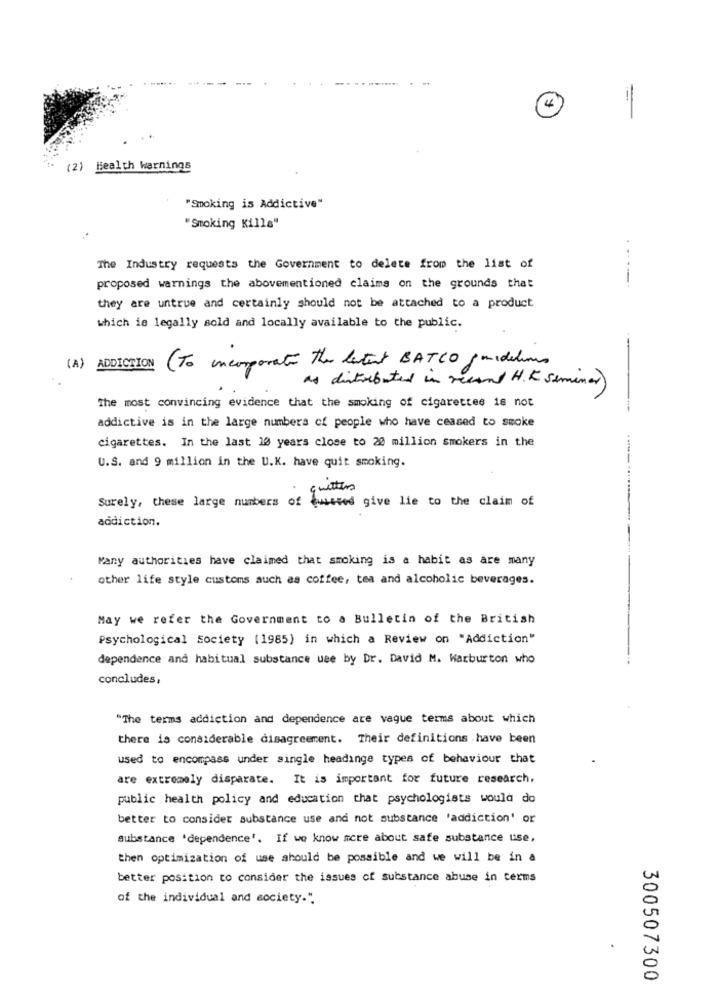
=
(2) Health Warnings
"Smoking is Addictive"
"Smoking Kills"
The Industry requests the Government to delete from the list of
proposed warnings the abovementioned claims on the grounds that
they are untrue and certainly should not be attached to a product
which is legally sold and locally available to the public.
--
(A) ADDICTION (To incorporate the levtent BATCO guidelines
as distributed in recent H. K seminar)
The most convincing evidence that the smoking of cigarettes is not
-
addictive is in the large numbers of people who have ceased to smoke
cigarettes. In the last 10 years close to 20 million smokers in the
U.S. and 9 million in the U.K. have quit smoking.
Surely, these large numbers of quiseed give lie to the claim of
addiction.
Many authorities have claimed that smoking is a habit as are many
other life style customs auch as coffee, tea and alcoholic beverages.
May we refer the Government to a Bulletin of the British
Psychological Society (1985) in which a Review on "Addiction"
dependence and habitual substance use by Dr. David M. Warburton who
concludes,
"The terms addiction and dependence are vague terms about which
there is considerable disagreement. Their definitions have been
used to encompass under single headinge types of behaviour that
are extremely disparate. It is important for future research,
public health policy and education that psychologists would do
better to consider substance use and not substance 'addiction' or
Substance 'dependence'. If we know more about safe substance use,
then optimization of use should be possible and we will be in a
better position to consider the issues of substance abuse in terms
of the individual and society.".
300507300